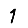
Digit: 1